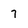
Character: 7